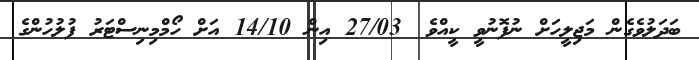
ބަދަލުވެގެން މަޖިލީހަށް ނުފޮނުވީ ކީއްވެ? 27/03 އިން 14/10 އަށް ހޯމްމިނިސްޓަރު ފުލުހުންގެ